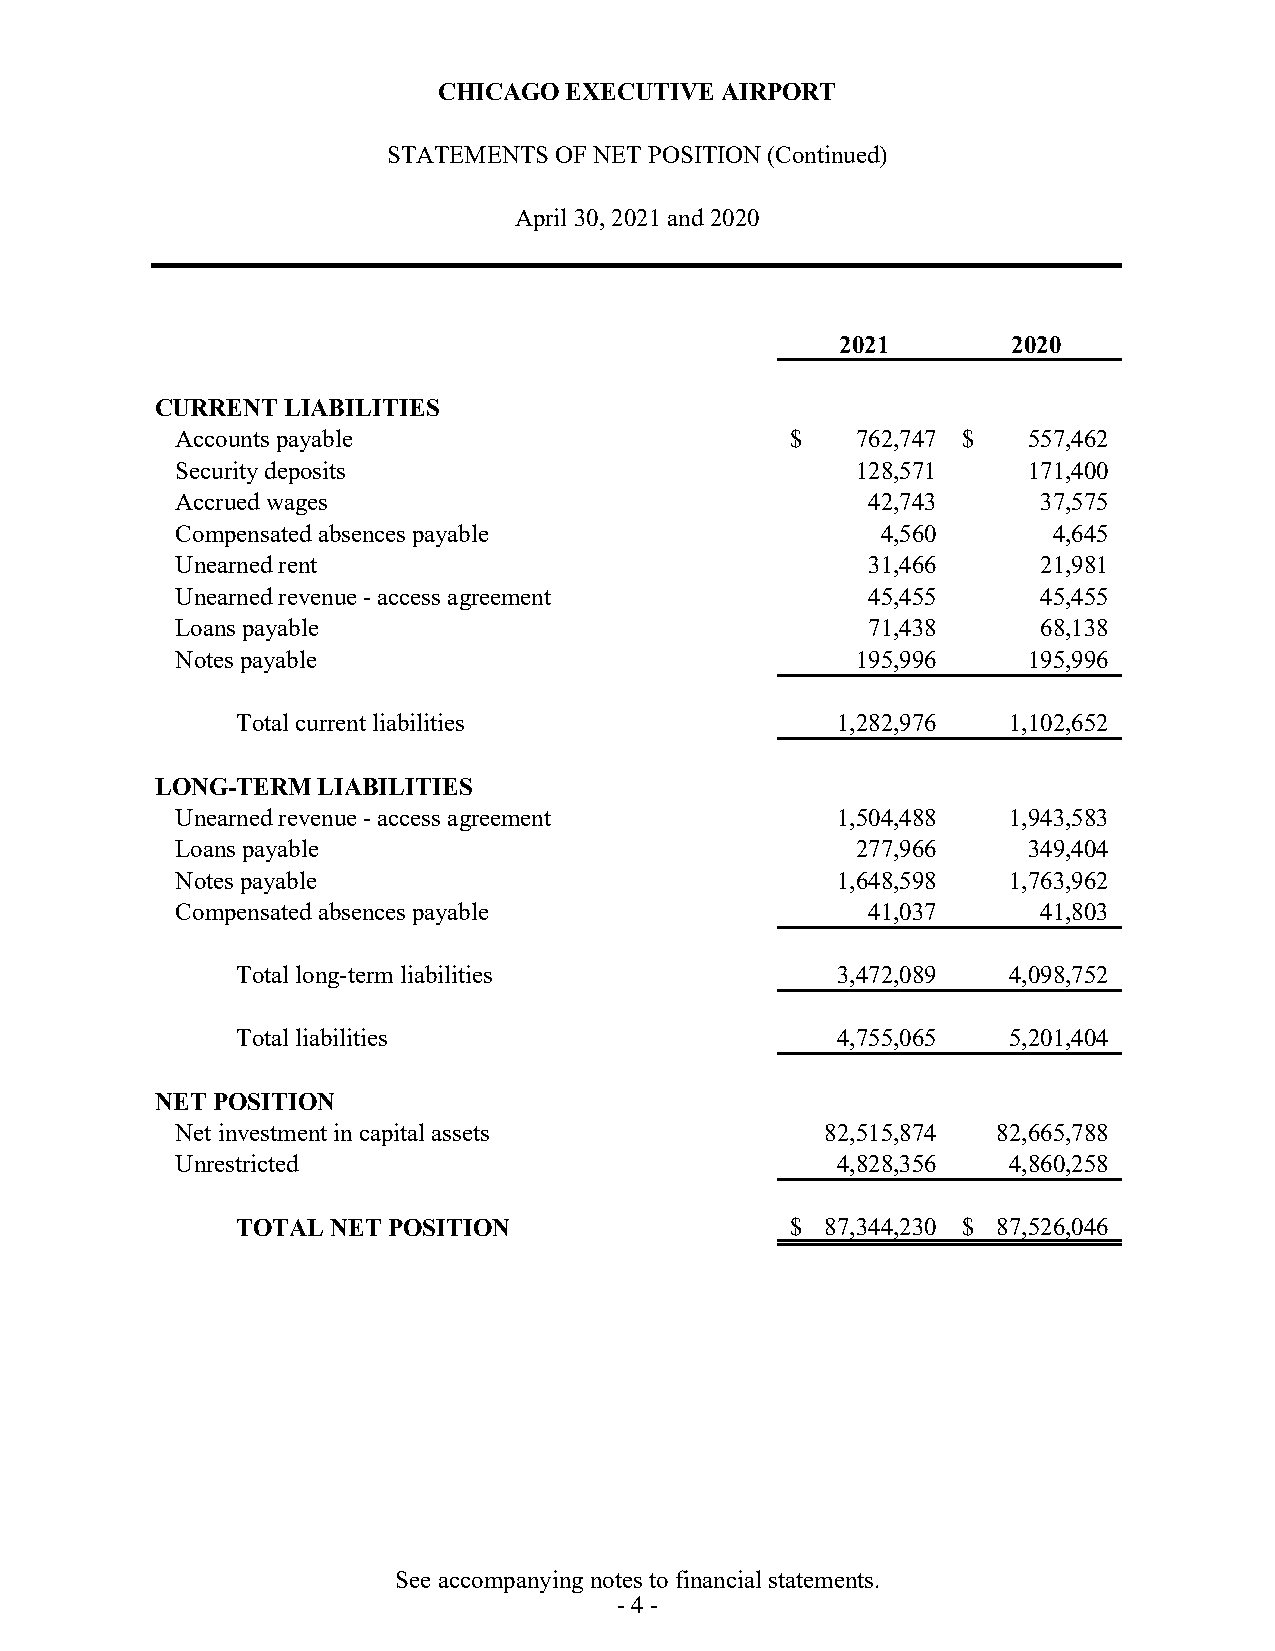
CHICAGO EXECUTIVE  AIRPORT
 STATEMENTS OF NET POSITION (Continued)
 April 30, 2021 and 2020
 2021       2020
 CURRENT  LIABILITIES
 Accounts payable                        $    762,747 $  557,462
 Security deposits                            128,571    171,400
 Accrued wages                                42,743      37,575
 Compensated absences payable                  4,560       4,645
 Unearned rent                                31,466      21,981
 Unearned revenue - access agreement          45,455      45,455
 Loans payable                                71,438      68,138
 Notes payable                                195,996    195,996
 Total current liabilities              1,282,976   1,102,652
 LONG-TERM  LIABILITIES
 Unearned revenue - access agreement        1,504,488   1,943,583
 Loans payable                                277,966    349,404
 Notes payable                              1,648,598   1,763,962
 Compensated absences payable                 41,037      41,803
 Total long-term liabilities            3,472,089   4,098,752
 Total liabilities                      4,755,065   5,201,404
 NET POSITION
 Net investment in capital assets           82,515,874 82,665,788
 Unrestricted                               4,828,356   4,860,258
 TOTAL NET POSITION                  $  87,344,230 $ 87,526,046
 See accompanying notes to financial statements.
 - 4 -